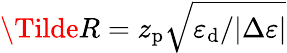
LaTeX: \Tilde{R}=z_{\mathrm{p}}\sqrt{{\varepsilon_{\mathrm{d}}}/{\lvert\Delta\varepsilon\rvert}}